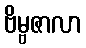
ဗိမ္ဗဇာလာ